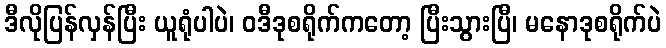
ဒီလိုပြန်လှန်ပြီး ယူရုံပါပဲ၊ ဝဒီဒုစရိုက်ကတော့ ပြီးသွားပြီ၊ မနောဒုစရိုက်ပဲ